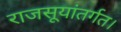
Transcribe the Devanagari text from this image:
राजसूयांतर्गत।